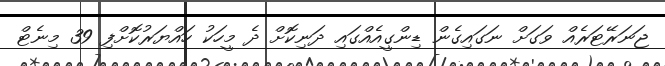
ޖަނަރޭޓަރެއް ވަގަށް ނަގައިގެން ޑިންގީއެއްގައި ދަނިކޮށް ދެ މީހަކު ހައްޔަރުކޮށްފި 39 މިނެޓް